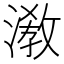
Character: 漖